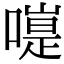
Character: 𠽭